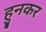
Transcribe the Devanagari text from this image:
हुनकर